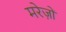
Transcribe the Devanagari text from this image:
मरेज़ों